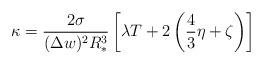
LaTeX: \begin{align*}\kappa = \frac{2\sigma}{(\Delta w)^2 R_*^3} \left[ \lambda T +2 \left( \frac{4}{3}\eta + \zeta \right) \right]\end{align*}